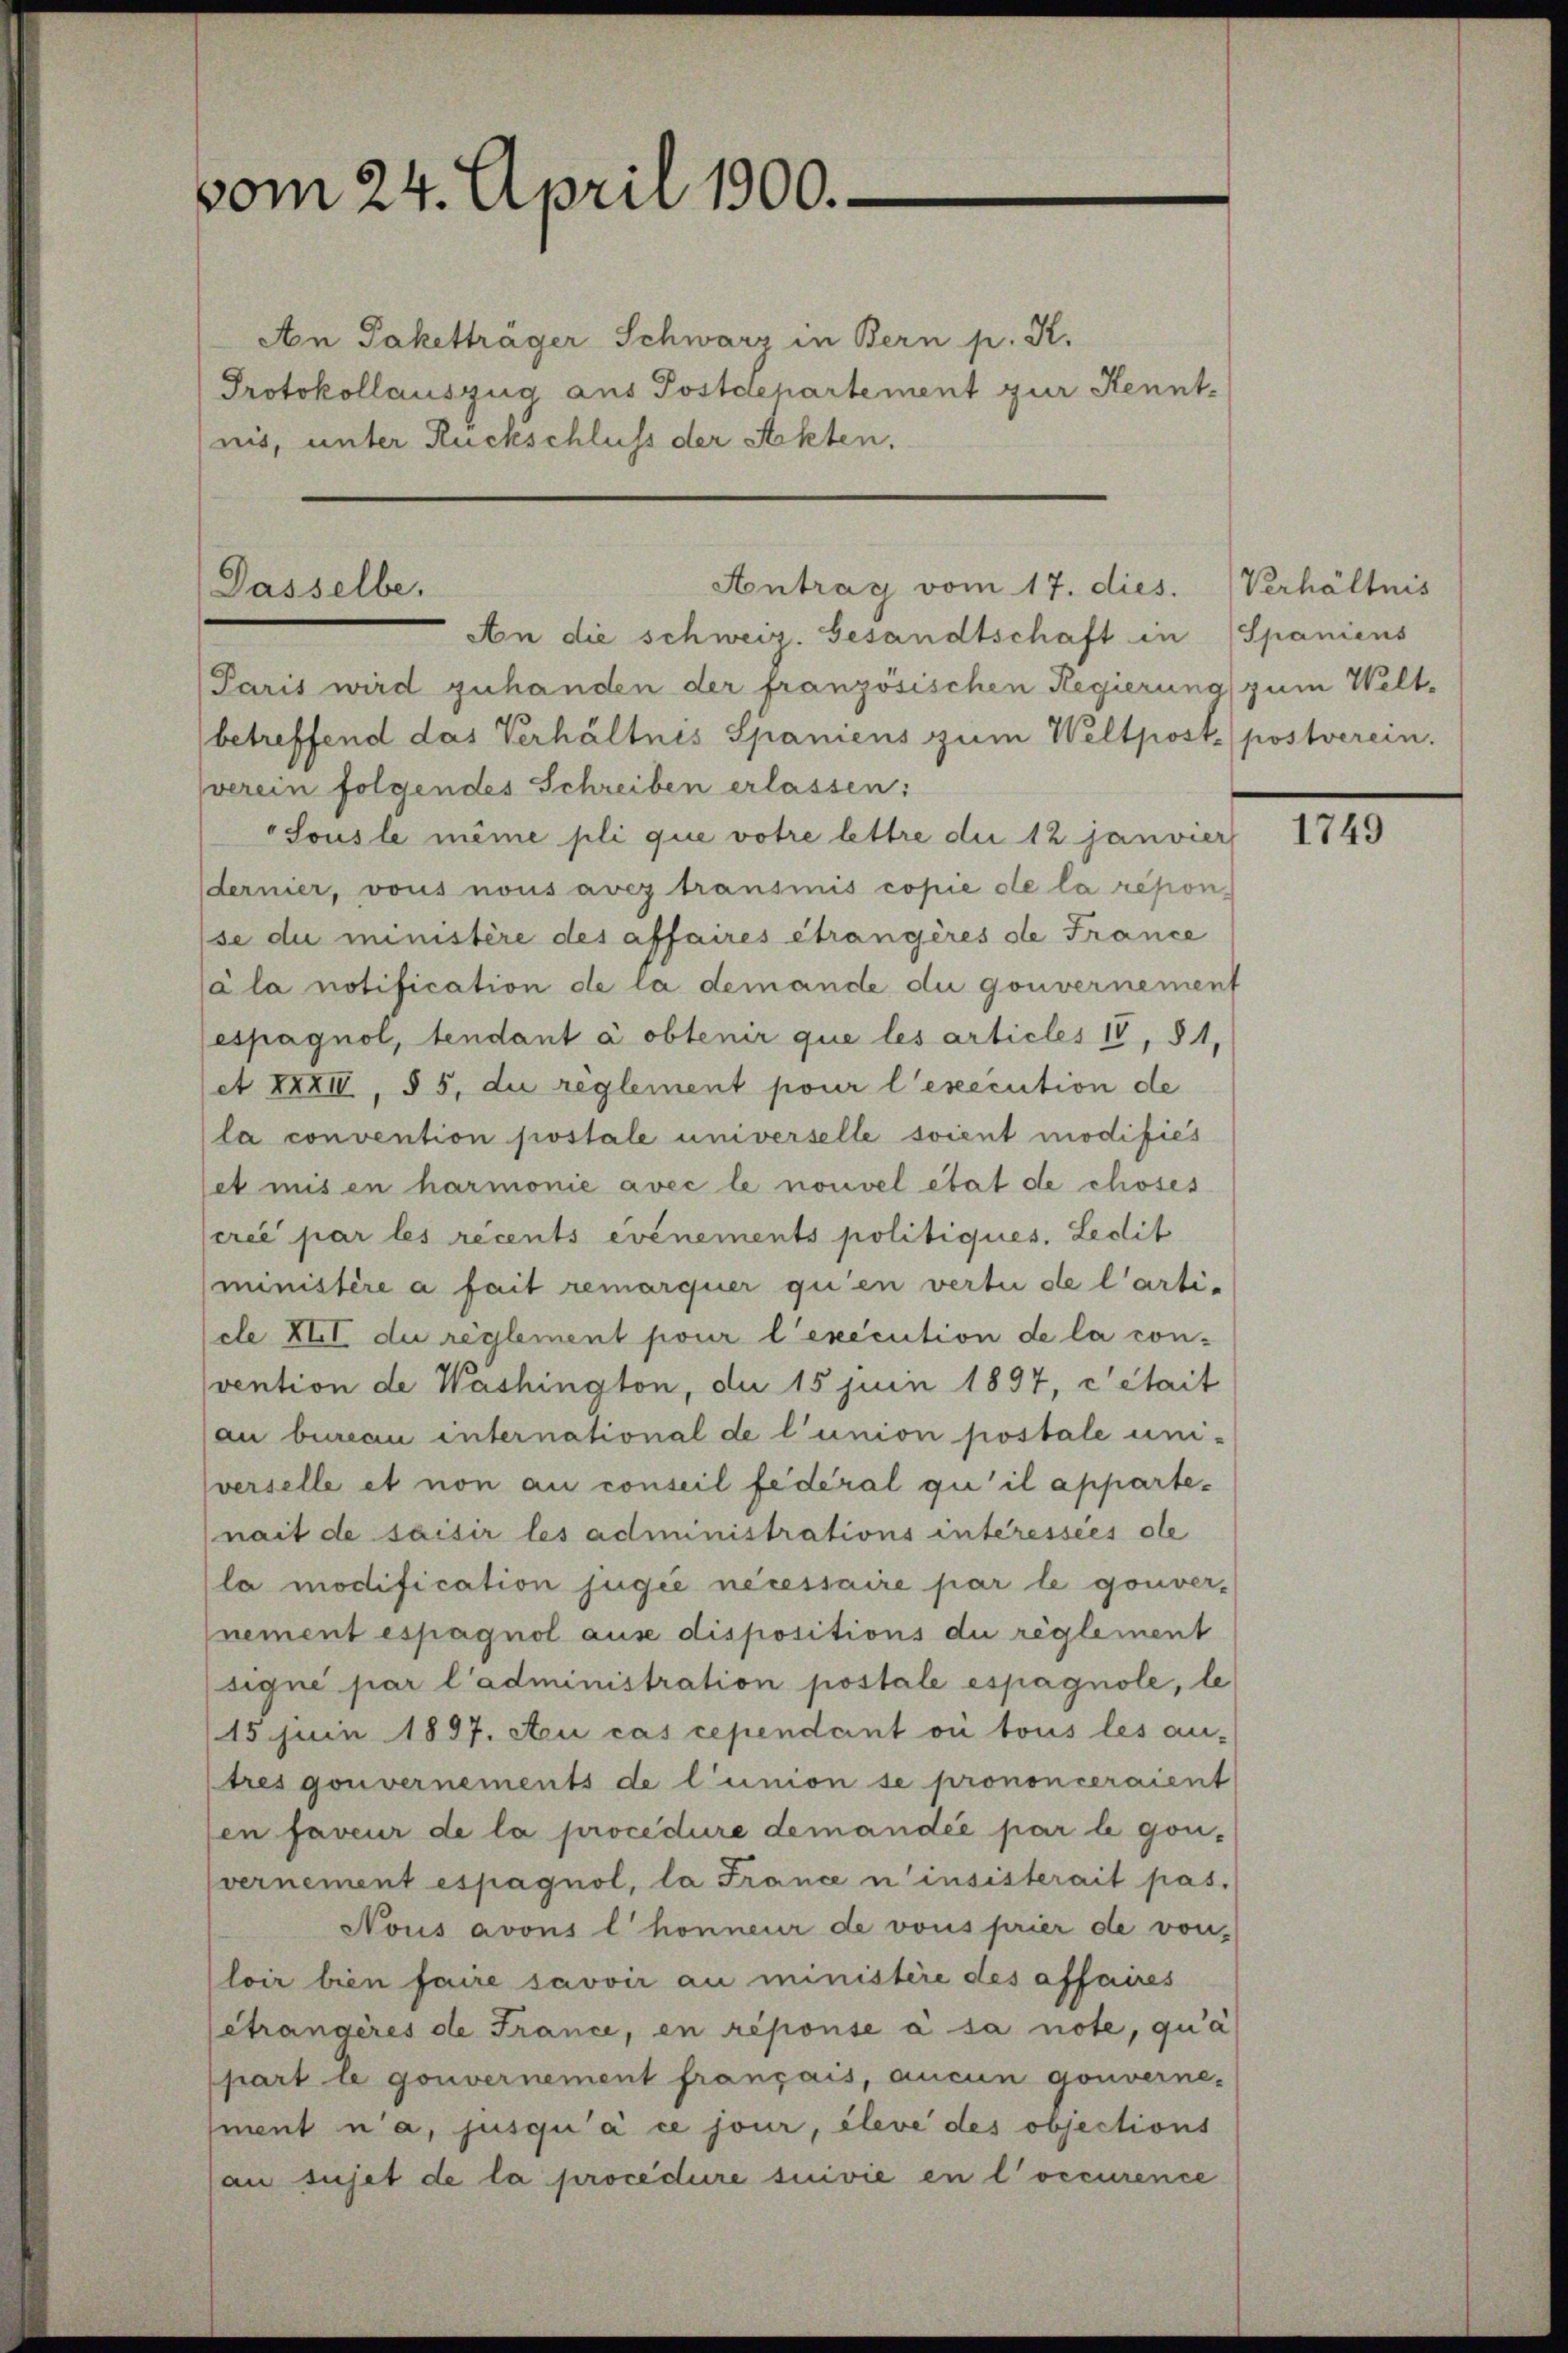
vom 24. April 1900.

An Paketträger Schwarz in Bern p. K.
Protokollauszug aus Postdepartement zur Kenntnis, unter Rückschluss der Akten.

Dasselbe,

Antrag vom 17. dies. (Verhältnis

An die schweiz. Gesandtschaft in Spaniens
Paris wird zuhanden der französischen Regierung zum Weltbetreffend das Verhältnis Spaniens zum Weltpost postverein.
verein folgendes Schreiben erlassen:
Sousle même pli que votre lettre die 12 janvier
dernier, vous nous aver transinis copie de la répon
se du ministère des affaires étrangères de France
(à la notification de la demande du gouvernement
espagnol, tendant a obtenir que les articles IV, § 1,
et XXXIV, § 5, du règlement pour l’execution de
la convention postale universelle soient modifiés
et misen harmonie avec le nouvel état de choses
créé par les recents événements politiques. Ledit
(ministère a fait remarquer qu’en vertu de l’arti-
cle XII. du reglement pour l’exécution de la con-
vention de Washington, du 15 juin 1897, cétait
au bureau international de l’union postale uni-
verselle et non au conseil fédéral qu’il appartenait de saisir les administrations interessées ole
la modification jugié nécessaire par le gouver-
nement espagnol ause dispositions du reglement
signé par l’administration postale espagnole, le
15 juin 1897. Au cas cependant vii tous les an-
tres gouvernements de l’union se prononceraient
en faveur de la procedure demandée par le gon-
vernement espagnol, la France n’insisterait pas.
Nous avous l. honneur de vous prier de von-
loir bien faire savoir au ministère des affaires
étrangères de France, en réponse à sa note, qua
ppart le gouvernement français, aucun gouverne-
sment na, jusqu’à ce jour, éleve des objections
au sujet de la procedure suivie en l’occurence

1749